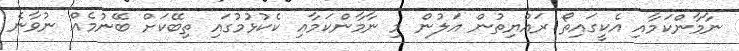
ނާމާންކަމާއި އެކީގައިތޯ ރައްޔިތުން އަލުން މި ނާމާންކަމާޢި ކެކުޅުމުގައި ތިބޭކަށް ބޭނުމެއް ނުވާނެ